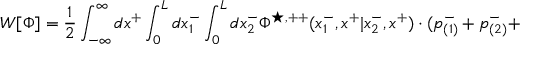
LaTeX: W [ { \Phi } ] = \frac { 1 } { 2 } \int _ { - \infty } ^ { \infty } d x ^ { + } \int _ { 0 } ^ { L } d x _ { 1 } ^ { - } \int _ { 0 } ^ { L } d x _ { 2 } ^ { - } { \Phi } ^ { \star , + + } ( x _ { 1 } ^ { - } , x ^ { + } | x _ { 2 } ^ { - } , x ^ { + } ) \cdot ( p _ { ( 1 ) } ^ { - } + p _ { ( 2 ) } ^ { - } +